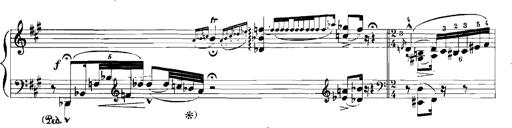
Title: Rhapsodies hongroises
Composer: Franz Liszt